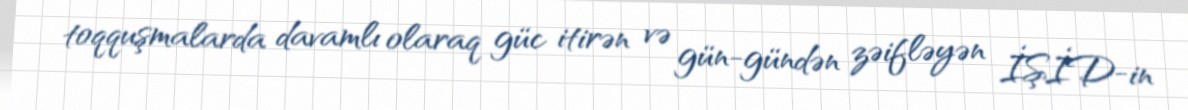
toqquşmalarda davamlı olaraq güc itirən və gün-gündən zəifləyən İŞİD-in